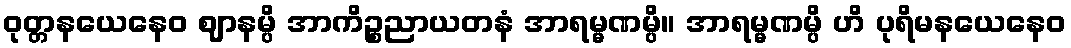
ဝုတ္တနယေနေဝ ဈာနမ္ပိ အာကိဉ္စညာယတနံ အာရမ္မဏမ္ပိ။ အာရမ္မဏမ္ပိ ဟိ ပုရိမနယေနေဝ